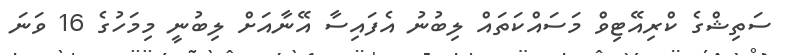
ސަތިޝްގެ ކްރިއޭޓިވް މަސައްކަތައް ލިބުނު އެފައިސާ އޭނާއަށް ލިބުނީ މިމަހުގެ 16 ވަނަ